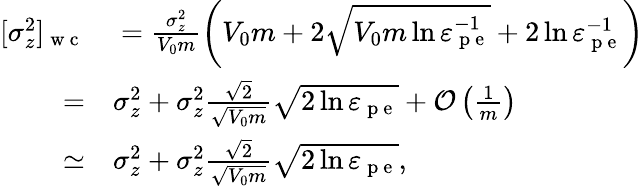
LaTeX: \begin{array}{rl}{[\sigma_{z}^{2}]_{\mathrm{~w~c~}}}&{{}=\frac{\sigma_{z}^{2}}{V_{0}m}\left(V_{0}m+2\sqrt{V_{0}m\ln\varepsilon_{\mathrm{~p~e~}}^{-1}}+2\ln\varepsilon_{\mathrm{~p~e~}}^{-1}\right)}\\ {=}&{{}\sigma_{z}^{2}+\sigma_{z}^{2}\frac{\sqrt{2}}{\sqrt{V_{0}m}}\sqrt{2\ln\varepsilon_{\mathrm{~p~e~}}}+\mathcal{O}\left(\frac{1}{m}\right)}\\ {\simeq}&{{}\sigma_{z}^{2}+\sigma_{z}^{2}\frac{\sqrt{2}}{\sqrt{V_{0}m}}\sqrt{2\ln\varepsilon_{\mathrm{~p~e~}}},}\end{array}